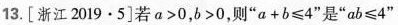
13.[浙江2019.5]若a>0，b>0，则”a+b≤4”是”ab≤4”